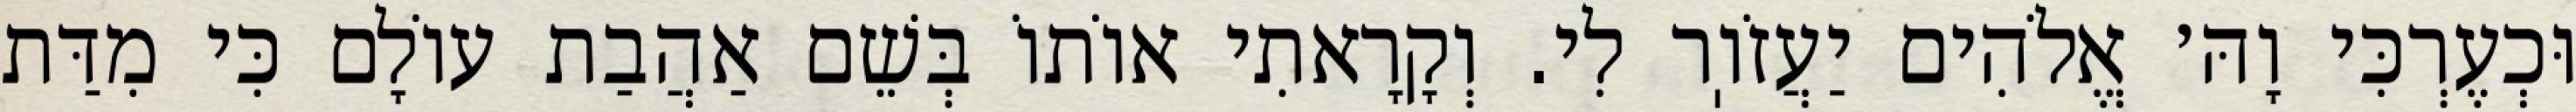
וּכְעֶרְכִּי וָהּ׳ אֱלֹהִים יַעֲזֹוֽר לִי. וְקָרָאתִי אוֹתוֹ בְּשֵׁם אַהֲבַת עוֹלָם כִּי מִדַּת